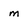
Character: m